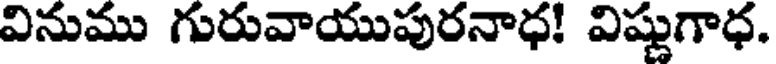
వినుము గురువాయుపురనాధ! విష్ణుగాధ.